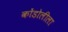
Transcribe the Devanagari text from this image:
कोंडोलीला